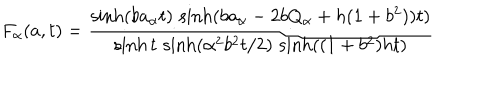
F _ { \alpha } ( a , t ) = \frac { \sinh ( b a _ { \alpha } t ) \, \sinh ( b a _ { \alpha } - 2 b Q _ { \alpha } + h ( 1 + b ^ { 2 } ) ) t ) } { \sinh t \, \sinh ( \alpha ^ { 2 } b ^ { 2 } t / 2 ) \, \sinh ( ( 1 + b ^ { 2 } ) h t ) }